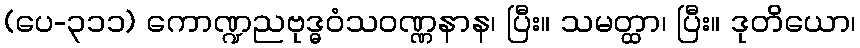
(ပေ-၃၁၁) ကောဏ္ဍညဗုဒ္ဓဝံသဝဏ္ဏနာန၊ ပြီး။ သမတ္ထာ၊ ပြီး။ ဒုတိယော၊